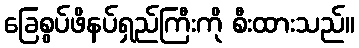
ခြေစွပ်ဖိနပ်ရှည်ကြီးကို စီးထားသည်။